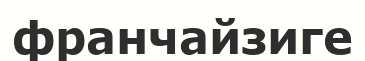
франчайзиге